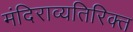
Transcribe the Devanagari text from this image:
मंदिराव्यतिरिक्त